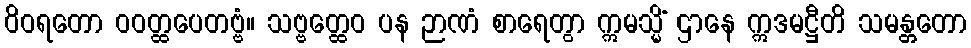
ဝိဝရတော ဝဝတ္ထပေတဗ္ဗံ။ သဗ္ဗတ္ထေဝ ပန ဉာဏံ စာရေတွာ ဣမသ္မိံ ဌာနေ ဣဒမဋ္ဌီတိ သမန္တတော